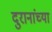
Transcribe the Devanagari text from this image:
दुरानांच्या